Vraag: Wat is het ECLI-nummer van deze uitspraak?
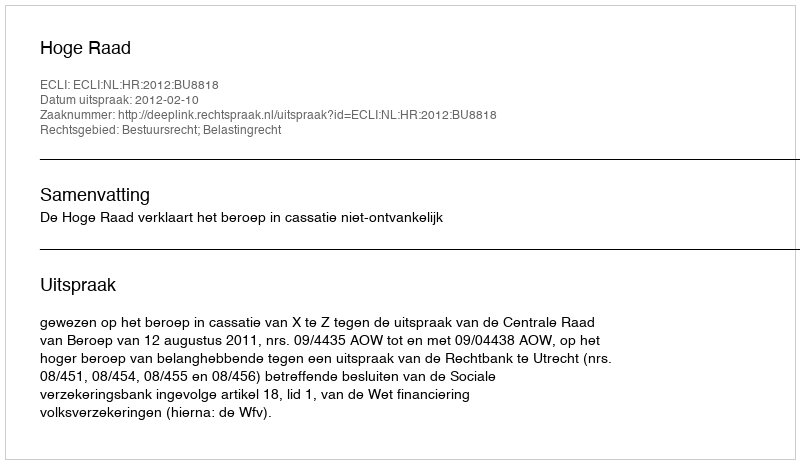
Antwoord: ECLI:NL:HR:2012:BU8818